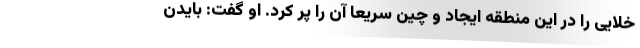
خلایی را در این منطقه ایجاد و چین سریعا آن را پر کرد. او گفت: بایدن